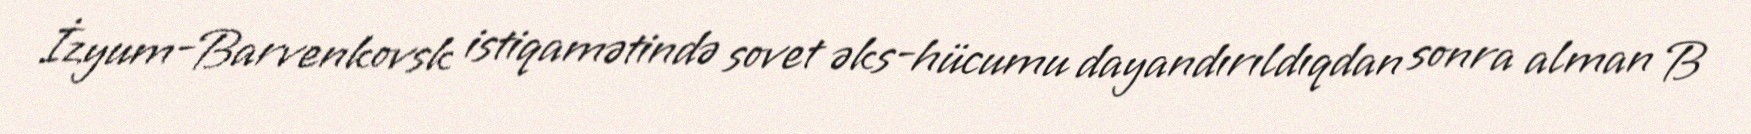
İzyum-Barvenkovsk istiqamətində sovet əks-hücumu dayandırıldıqdan sonra alman B